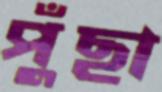
পুঁছা